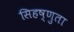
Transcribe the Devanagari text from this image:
सिहष्णुता